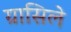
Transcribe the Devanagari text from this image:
ग्रासिले